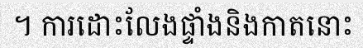
។ ការដោះលែងផ្ទាំងនិងកាតនោះ